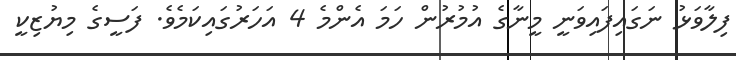
ފިލާވަޅު ނަގައިފައިވަނީ މީނާގެ އުމުރުން ހަމަ އެންމެ 4 އަހަރުގައިކަމެވެ. ފަސީގެ މިޔުޒިކީ